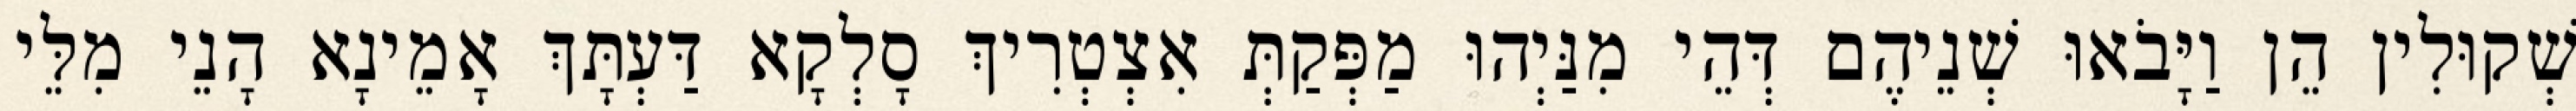
שְׁקוּלִין הֵן וַיָּבֹאוּ שְׁנֵיהֶם דְּהֵי מִנַּיְהוּ מַפְּקַתְּ אִצְטְרִיךְ סָלְקָא דַּעְתָּךְ אָמֵינָא הָנֵי מִלֵּי